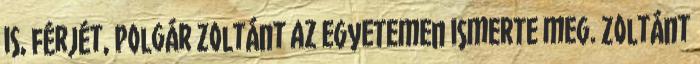
is, férjét, Polgár Zoltánt az egyetemen ismerte meg. Zoltánt